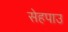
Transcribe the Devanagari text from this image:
सेहपाउ